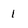
Character: 1